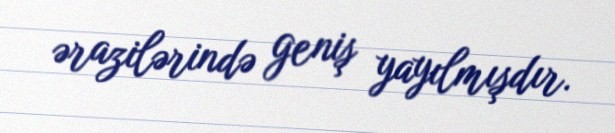
ərazilərində geniş yayılmışdır.